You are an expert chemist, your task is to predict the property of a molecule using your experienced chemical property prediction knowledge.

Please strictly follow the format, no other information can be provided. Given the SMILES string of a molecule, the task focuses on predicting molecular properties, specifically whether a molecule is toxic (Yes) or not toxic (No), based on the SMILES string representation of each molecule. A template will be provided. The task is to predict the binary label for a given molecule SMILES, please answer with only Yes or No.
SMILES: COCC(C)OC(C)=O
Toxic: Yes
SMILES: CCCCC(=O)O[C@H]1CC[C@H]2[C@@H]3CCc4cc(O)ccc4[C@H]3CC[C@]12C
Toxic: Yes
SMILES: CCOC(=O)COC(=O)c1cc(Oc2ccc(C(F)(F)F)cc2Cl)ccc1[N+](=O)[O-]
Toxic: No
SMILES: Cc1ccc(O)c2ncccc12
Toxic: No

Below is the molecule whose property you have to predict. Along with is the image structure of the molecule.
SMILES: COc1ccc(C=CC(=O)c2ccc(OC)cc2OC)cc1
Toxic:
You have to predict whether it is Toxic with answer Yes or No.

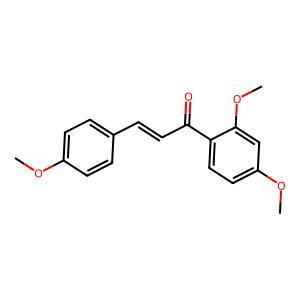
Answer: No